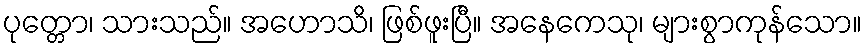
ပုတ္တော၊ သားသည်။ အဟောသိ၊ ဖြစ်ဖူးပြီ။ အနေကေသု၊ များစွာကုန်သော။